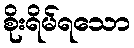
စိုးရိမ်ရသော